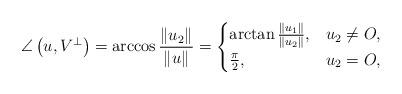
LaTeX: \begin{align*}\angle\left(u,V^{\bot}\right)=\arccos\frac{\left\Vert u_{2}\right\Vert }{\left\Vert u\right\Vert }=\begin{cases}\arctan\frac{\left\Vert u_{1}\right\Vert }{\left\Vert u_{2}\right\Vert }, & u_{2}\neq O,\\\frac{\pi}{2}, & u_{2}=O,\end{cases}\end{align*}